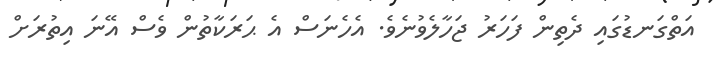
އަތްގަނޑުގައި ދެތިން ފަހަރު ޖަހާލެވުނެވެ. އެހެނަސް އެ ޙަރަކާތުން ވެސް އޭނަ އިތުރަށް